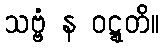
သဗ္ဗံ န ဝဋ္ဋတိ။